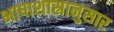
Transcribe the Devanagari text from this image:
भाषाशास्रानुसार